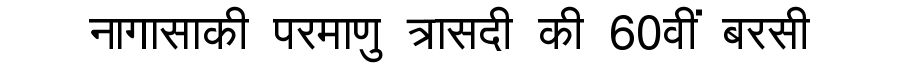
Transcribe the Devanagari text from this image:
नागासाकी परमाणु त्रासदी की 60वीं बरसी